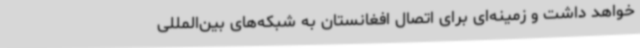
خواهد داشت و زمینه‌ای برای اتصال افغانستان به شبکه‌های بین‌المللی